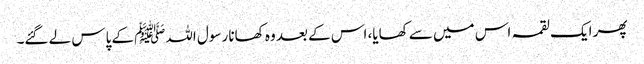
پھر ایک لقمہ اس میں سے کھایا، اس کے بعد وہ کھانا رسول اللہﷺ کے پاس لے گئے۔